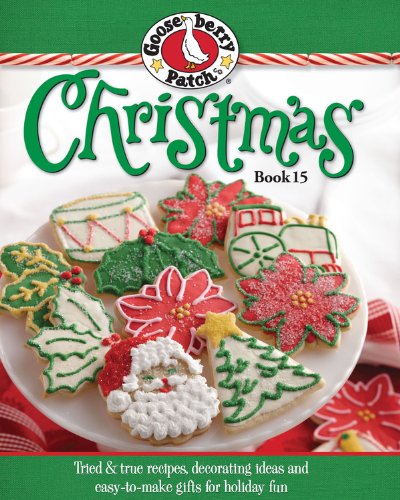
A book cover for Gooseberry Patch Christmas Book 15: Tried & true recipes, decorating ideas and easy-to-make gifts for holiday fun; Gooseberry Patch; Cookbooks, Food & Wine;